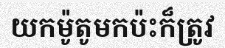
យកម៉ូតូមកប៉ះក៏ត្រូវ